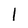
Character: l